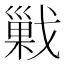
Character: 𰒱